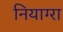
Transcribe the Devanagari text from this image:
नियाग्‍रा